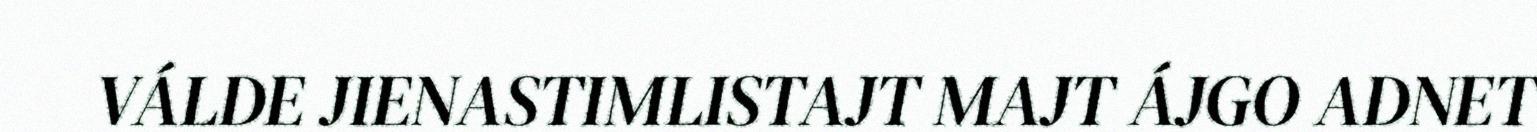
VÁLDE JIENASTIMLISTAJT MAJT ÁJGO ADNET